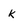
Character: k